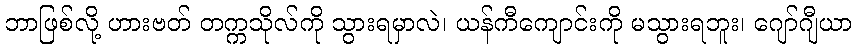
ဘာဖြစ်လို့ ဟားဗတ် တက္ကသိုလ်ကို သွားရမှာလဲ၊ ယန်ကီကျောင်းကို မသွားရဘူး၊ ဂျော်ဂျီယာ